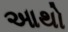
આથો